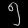
Digit: ၅